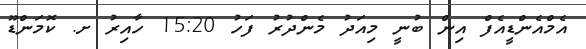
އެމްއެންޑީއެފް އިން ބުނީ މިއަދު މެންދުރު ފަހު 15:20 ހާއިރު ށ. ކޮމަންޑޫ